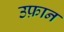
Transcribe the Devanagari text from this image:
उफ़ान